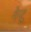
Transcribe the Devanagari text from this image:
गेन्टू